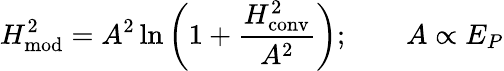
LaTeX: H_{\mathrm{mod}}^{2}=A^{2}\ln\left(1+{\frac{H_{\mathrm{conv}}^{2}}{A^{2}}}\right);\qquad A\propto E_{P}